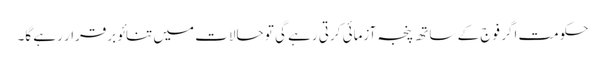
حکومت اگر فوج کے ساتھ پنجہ آزمائی کرتی رہے گی تو حالات میں تنائو برقرار رہے گا۔